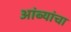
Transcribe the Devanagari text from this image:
आंब्यांचा